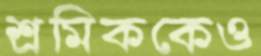
শ্রমিককেও